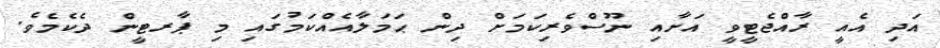
އަދި އެއީ ރާއްޖެޓީވީ އަށާއި ނޫސްވެރިކަމަށް ދިން ޙަމަލާއެއްކަމުގައި މި ޕާރޓީން ދެކެމެވެ.